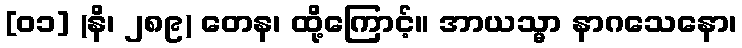
[၀၁] (နိ၊ ၂၈၉) တေန၊ ထို့ကြောင့်။ အာယသ္မာ နာဂသေနော၊